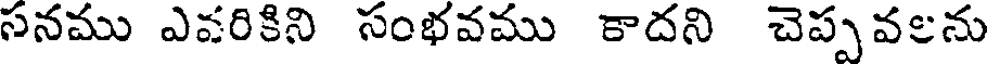
సనము ఎవరికిని సంభవము కాదని చెప్పవలను